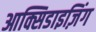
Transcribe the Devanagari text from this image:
आक्सिडाइज़िंग